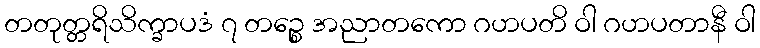
တတုတ္တရိသိက္ခာပဒံ ၇ တဉ္စေ အညာတကော ဂဟပတိ ဝါ ဂဟပတာနီ ဝါ